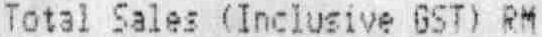
TOTAL SALES (INCLUSIVE GST) RM